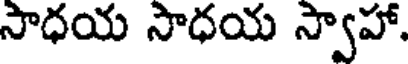
సాధయ సాధయ స్వాహా.